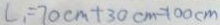
L _ { 1 } = 7 0 c m + 3 0 c m = 1 0 0 c m